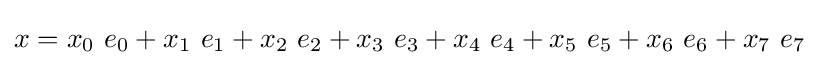
x=x_{0}\ e_{0}+x_{1}\ e_{1}+x_{2}\ e_{2}+x_{3}\ e_{3}+x_{4}\ e_{4}+x_{5}\ e_{5}+x_{6}\ e_{6}+x_{7}\ e_{7}